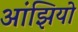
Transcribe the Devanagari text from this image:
आंझियो